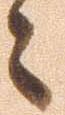
々